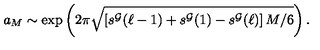
a _ { M } \sim \exp \left( 2 \pi \sqrt { \left[ s ^ { \cal G } ( \ell - 1 ) + s ^ { \cal G } ( 1 ) - s ^ { \cal G } ( \ell ) \right] M / 6 } \right) .